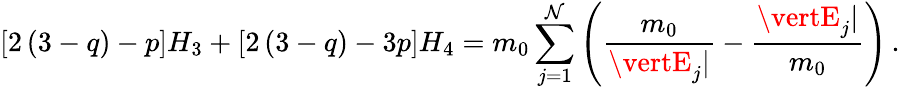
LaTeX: \left[2\left(3-q\right)-p\right]H_{3}+\left[2\left(3-q\right)-3p\right]H_{4}=m_{0}\sum_{j=1}^{\mathcal{N}}\left(\frac{{m_{0}}}{{\vertE_{j}\vert}}-\frac{{\vertE_{j}\vert}}{{m_{0}}}\right)\, .